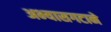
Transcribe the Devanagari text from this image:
अभ्यासगटाने